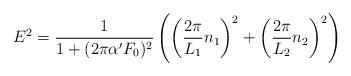
LaTeX: \begin{align*}E^2 = \frac{1}{1+(2 \pi \alpha'F_{0})^2}\left(\left(\frac{2\pi}{L_1}n_1\right)^2 + \left(\frac{2\pi}{L_2}n_2\right)^2\right)\end{align*}